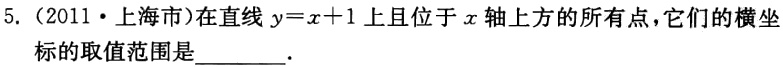
5.（2011·上海市）在直线$y = x + 1$上且位于$x$轴上方的所有点，它们的横坐标的取值范围是  ．